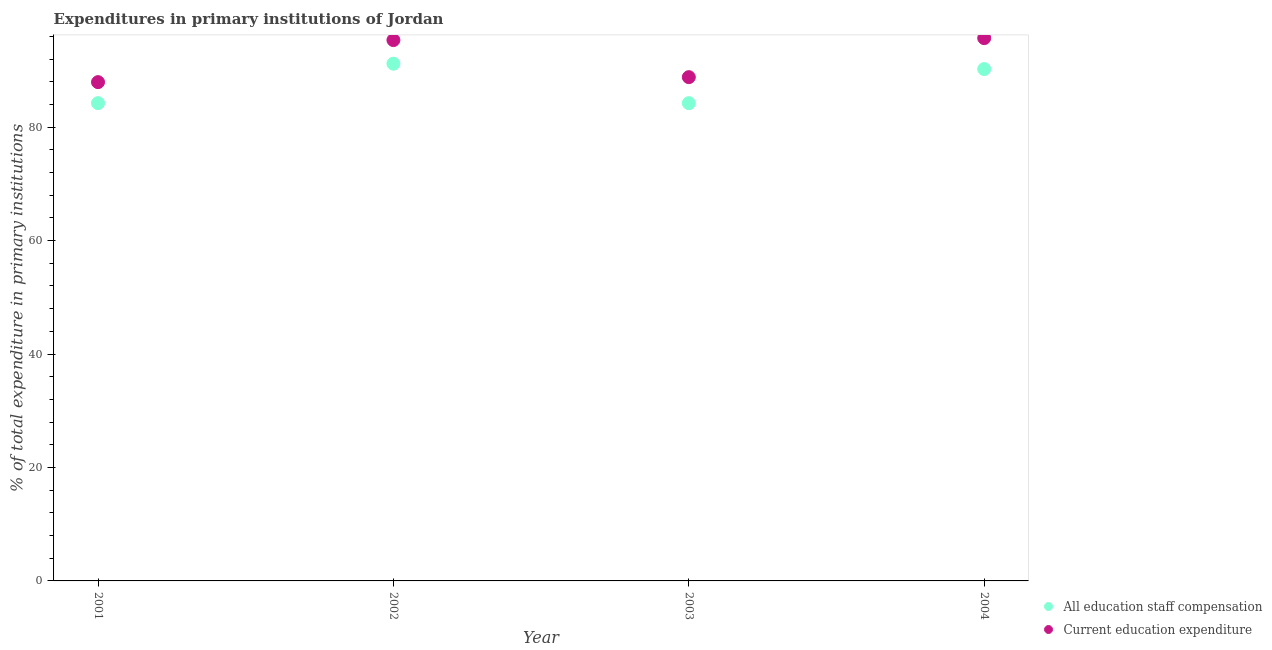
| Year | All education staff compensation | Current education expenditure |
 | --- | --- | --- |
 | 2001 | 84.2 | 87.9 |
 | 2002 | 91.2 | 95.4 |
 | 2003 | 84.2 | 88.8 |
 | 2004 | 90.2 | 95.7 |